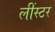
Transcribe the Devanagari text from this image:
लींस्टर